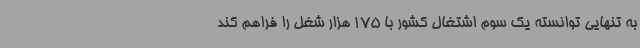
به تنهایی توانسته یک سوم اشتغال کشور با 175 هزار شغل را فراهم کند